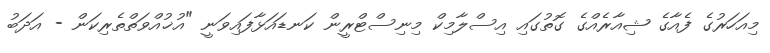
މިއަހަރުގެ ފެއާގެ ޝިއާރެއްގެ ގޮތުގައި އިސްލާމިކް މިނިސްޓްރީން ކަނޑައަޅާފައިވަނީ "އުޚުއްވަތްތެރިކަން - އަދަބު